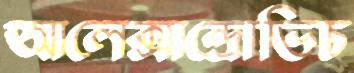
আলেক্সান্দ্রোভিচ